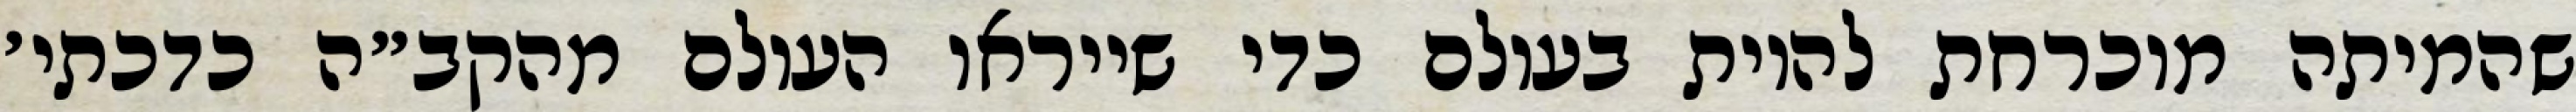
שהמיתה מוכרחת להיות בעולם כדי שייראו העולם מהקב״ה כדכתי׳